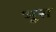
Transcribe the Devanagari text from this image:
भूस